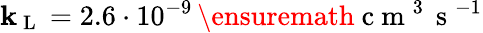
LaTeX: \mathbf{k}_{\mathrm{{~L~}}}=2.6\cdot10^{-9}\, \ensuremath{{\mathrm{{~c~m~}}^{3}\, \mathrm{{~s~}}^{-1}}}